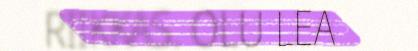
RIIKKAS. OLU LEA